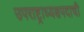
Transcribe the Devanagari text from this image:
उपराष्ट्राध्यक्षपदाची